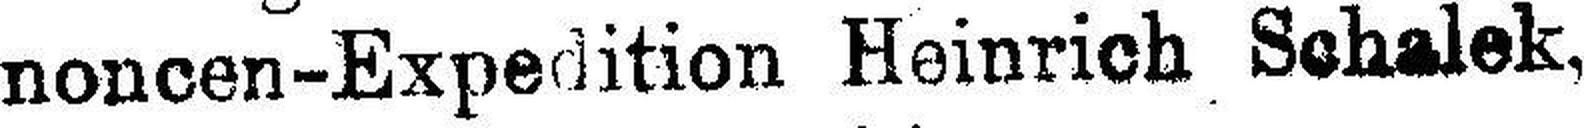
noncen-Expedition Heinrich Schalek,